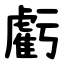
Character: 虧